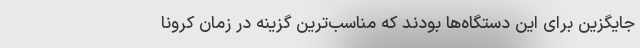
جایگزین برای این دستگاه‌ها بودند که مناسب‌ترین گزینه در زمان کرونا